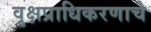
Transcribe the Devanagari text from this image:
वृक्षप्राधिकरणाचे